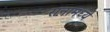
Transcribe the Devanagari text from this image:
रानामध्ये